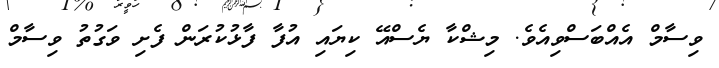
ވިސާމް އެއްބަސްވިއެވެ. މިޝްކާ ޔެސްއޭ ކިޔައި އުފާ ފާޅުކުރަން ފެށި ވަގުތު ވިސާމް